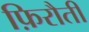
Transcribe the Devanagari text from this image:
फ़िरौती